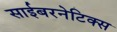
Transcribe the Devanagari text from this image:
साईबरनेटिक्स